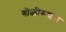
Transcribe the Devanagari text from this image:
गोळीरूपात